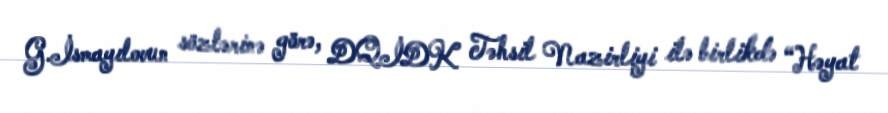
G.İsmayılovun sözlərinə görə, DQİDK Təhsil Nazirliyi ilə birlikdə “Həyat